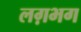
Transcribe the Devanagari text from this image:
लग़भग